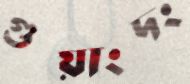
গুয়াংদং